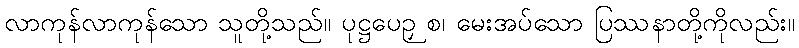
လာကုန်လာကုန်သော သူတို့သည်။ ပုဋ္ဌပေဉှ စ၊ မေးအပ်သော ပြဿနာတို့ကိုလည်း။